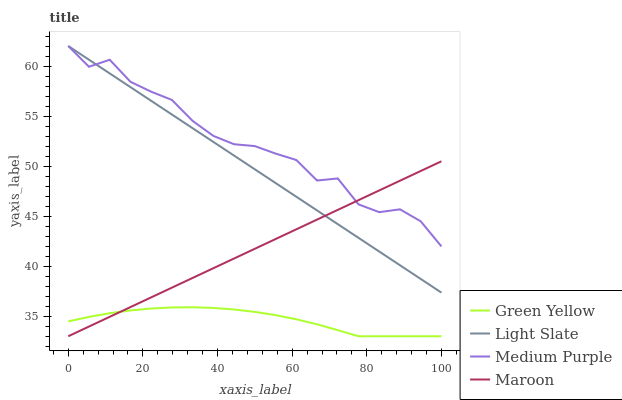
| xaxis_label | Green Yellow | Light Slate | Medium Purple | Maroon |
 | --- | --- | --- | --- | --- |
 | 0 | 34.5 | 62 | 62 | 33 |
 | 5.56 | 34.9 | 60.6 | 59.9 | 34 |
 | 11.1 | 35.3 | 59.3 | 60.6 | 34.9 |
 | 16.7 | 35.6 | 57.9 | 58.4 | 35.9 |
 | 22.2 | 35.8 | 56.5 | 57.4 | 36.9 |
 | 27.8 | 35.9 | 55.2 | 56.6 | 37.9 |
 | 33.3 | 35.9 | 53.8 | 54.5 | 38.8 |
 | 38.9 | 35.8 | 52.4 | 53 | 39.8 |
 | 44.4 | 35.7 | 51 | 52.2 | 40.8 |
 | 50 | 35.4 | 49.7 | 52 | 41.7 |
 | 55.6 | 35.1 | 48.3 | 51.3 | 42.7 |
 | 61.1 | 34.7 | 46.9 | 50.6 | 43.7 |
 | 66.7 | 34.2 | 45.6 | 48.6 | 44.7 |
 | 72.2 | 33.6 | 44.2 | 48.8 | 45.6 |
 | 77.8 | 33 | 42.8 | 46.2 | 46.6 |
 | 83.3 | 33 | 41.5 | 45.4 | 47.6 |
 | 88.9 | 33 | 40.1 | 45.7 | 48.5 |
 | 94.4 | 33 | 38.7 | 44.5 | 49.5 |
 | 100 | 33 | 37.4 | 42 | 50.5 |